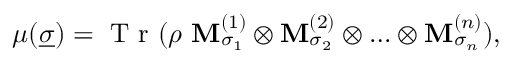
\mu ( \underline { { \sigma } } ) = \mathrm { ~ T ~ r ~ } ( \rho ~ \mathbf { M } _ { \sigma _ { 1 } } ^ { ( 1 ) } \otimes \mathbf { M } _ { \sigma _ { 2 } } ^ { ( 2 ) } \otimes \ldots \otimes \mathbf { M } _ { \sigma _ { n } } ^ { ( n ) } ) ,